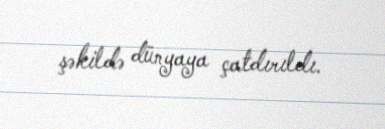
şəkildə dünyaya çatdırıldı.